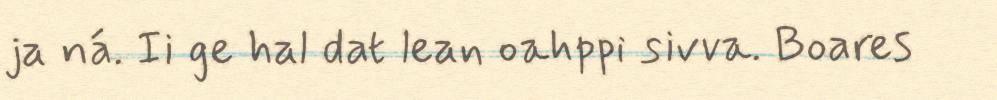
ja ná. Ii ge hal dat lean oahppi sivva. Boares